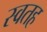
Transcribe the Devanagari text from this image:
स्वतह